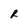
Character: R